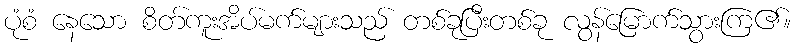
ပုံစံ နေသော စိတ်ကူးအိပ်မက်များသည် တစ်ခုပြီးတစ်ခု လွန်မြောက်သွားကြ၏။